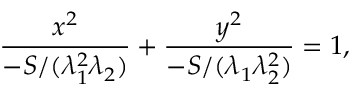
{ \frac { x ^ { 2 } } { - S / ( \lambda _ { 1 } ^ { 2 } \lambda _ { 2 } ) } } + { \frac { y ^ { 2 } } { - S / ( \lambda _ { 1 } \lambda _ { 2 } ^ { 2 } ) } } = 1 ,